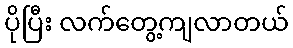
ပိုပြီး လက်တွေ့ကျလာတယ်